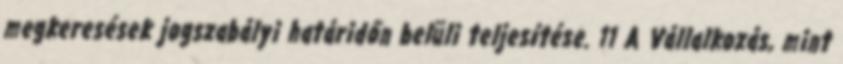
megkeresések jogszabályi határidőn belüli teljesítése. 11 A Vállalkozás, mint